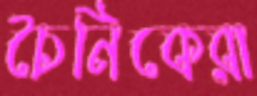
চৈনিকেরা